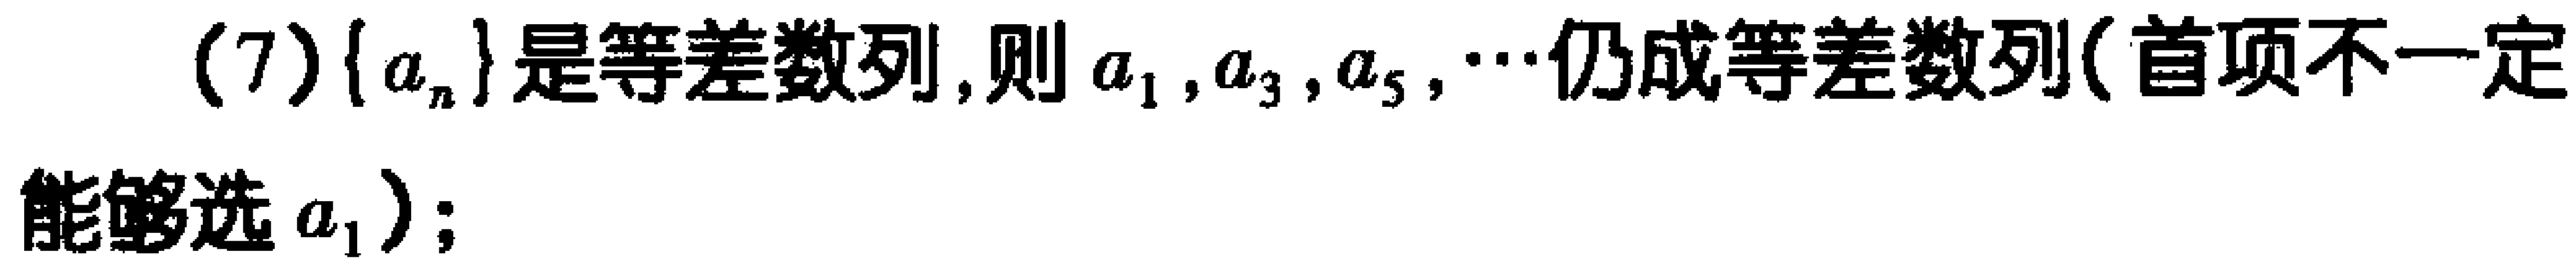
(7)$\{a_{n}\}$是等差数列,则$a_{1},a_{3},a_{5},\cdots$仍成等差数列(首项不一定能够选$a_{1}$);